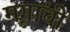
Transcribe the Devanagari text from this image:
मृगांची